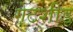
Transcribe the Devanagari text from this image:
गेटशीड